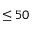
\leq 5 0